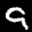
Label: 9